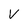
Character: v